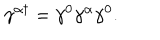
\gamma ^ { \alpha \dagger } = \gamma ^ { 0 } \gamma ^ { \alpha } \gamma ^ { 0 } .